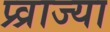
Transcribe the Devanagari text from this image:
प्र्व्राज्या